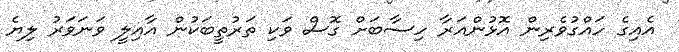
އެއިގެ ހައްގުވެރިން އޮޅުންއަރާ ހިސާބަށް ގޮސް ވަކި ތަރުތީބަކުން އާއިލީ ވަނަވަރު ލިޔެ